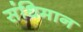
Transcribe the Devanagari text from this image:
संधिमान